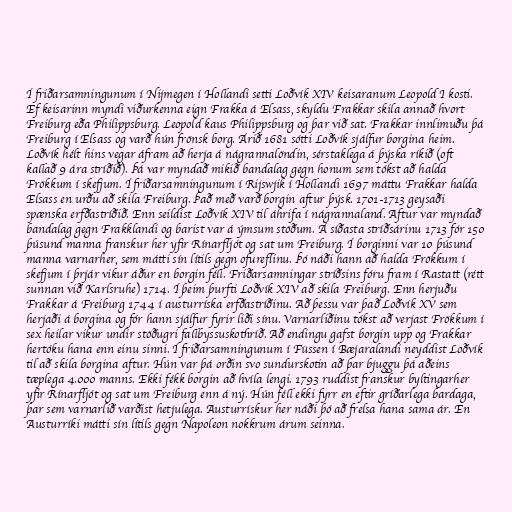
Í friðarsamningunum í Nijmegen í Hollandi setti Loðvík XIV keisaranum Leopold I kosti.
Ef keisarinn myndi viðurkenna eign Frakka á Elsass, skyldu Frakkar skila annað hvort
Freiburg eða Philippsburg. Leopold kaus Philippsburg og þar við sat. Frakkar innlimuðu þá
Freiburg í Elsass og varð hún frönsk borg. Árið 1681 sótti Loðvík sjálfur borgina heim.
Loðvík hélt hins vegar áfram að herja á nágrannalöndin, sérstaklega á þýska ríkið (oft
kallað 9 ára stríðið). Þá var myndað mikið bandalag gegn honum sem tókst að halda
Frökkum í skefjum. Í friðarsamningunum í Rijswjik í Hollandi 1697 máttu Frakkar halda
Elsass en urðu að skila Freiburg. Það með varð borgin aftur þýsk. 1701-1713 geysaði
spænska erfðastríðið. Enn seildist Loðvík XIV til áhrifa í nágrannaland. Aftur var myndað
bandalag gegn Frakklandi og barist var á ýmsum stöðum. Á síðasta stríðsárinu 1713 fór 150
þúsund manna franskur her yfir Rínarfljót og sat um Freiburg. Í borginni var 10 þúsund
manna varnarher, sem mátti sín lítils gegn ofureflinu. Þó náði hann að halda Frökkum í
skefjum í þrjár vikur áður en borgin féll. Friðarsamningar stríðsins fóru fram í Rastatt (rétt
sunnan við Karlsruhe) 1714. Í þeim þurfti Loðvík XIV að skila Freiburg. Enn herjuðu
Frakkar á Freiburg 1744 í austurríska erfðastríðinu. Að þessu var það Loðvík XV sem
herjaði á borgina og fór hann sjálfur fyrir liði sínu. Varnarliðinu tókst að verjast Frökkum í
sex heilar vikur undir stöðugri fallbyssuskothríð. Að endingu gafst borgin upp og Frakkar
hertóku hana enn einu sinni. Í friðarsamningunum í Füssen í Bæjaralandi neyddist Loðvík
til að skila borgina aftur. Hún var þá orðin svo sundurskotin að þar bjuggu þá aðeins
tæplega 4.000 manns. Ekki fékk borgin að hvíla lengi. 1793 ruddist franskur byltingarher
yfir Rínarfljót og sat um Freiburg enn á ný. Hún féll ekki fyrr en eftir gríðarlega bardaga,
þar sem varnarlið varðist hetjulega. Austurrískur her náði þó að frelsa hana sama ár. En
Austurríki mátti sín lítils gegn Napoleon nokkrum árum seinna.